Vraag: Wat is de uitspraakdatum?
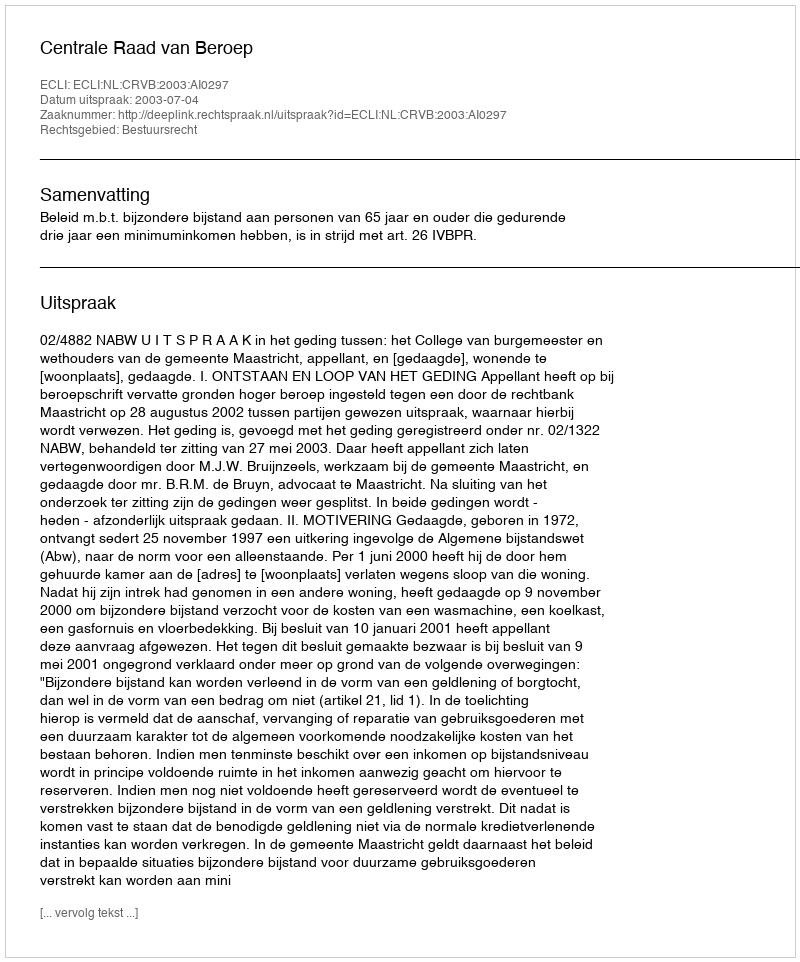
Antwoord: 2003-07-04